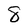
Character: 8